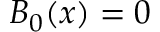
B _ { 0 } ( x ) = 0